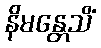
နိမန္တေသိံ